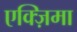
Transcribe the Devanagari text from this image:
एक्ज़िमा